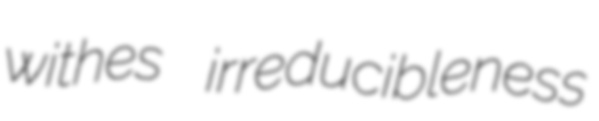
withes irreducibleness